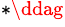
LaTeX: ^{\ast\ddag}